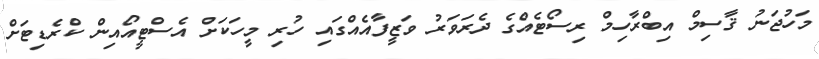
މަހުޖަނު ޤާސިމް އިބްރާހިމް ރިސޯޓެއްގެ ދެރަވަރު ވަޒީފާއެއްގައި ހުރި މީހަކަށް އެސްޓީއޯއިން ކްރެޑިޓަށް